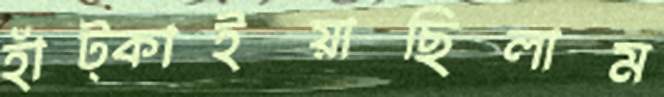
হাঁট্‌কাইয়াছিলাম